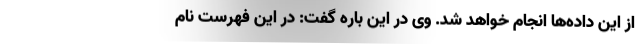
از این داده‌ها انجام خواهد شد. وی در این باره گفت: در این فهرست نام